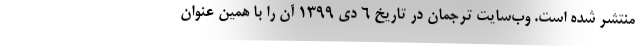
منتشر شده است. وب‌سایت ترجمان در تاریخ ۶ دی ۱۳۹۹ آن را با همین عنوان